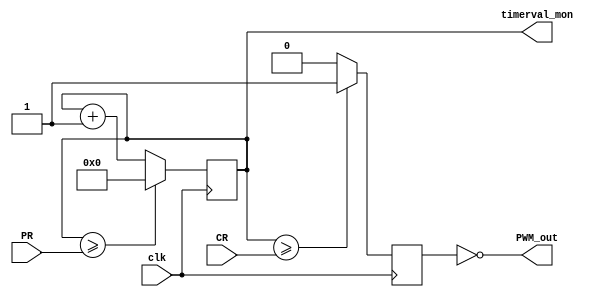
`timescale 1ns / 1ps
//////////////////////////////////////////////////////////////////////////////////
// Company: 
// Engineer: 
// 
// Design Name: 
// Module Name: PWM_Module
// Project Name: 
// Target Devices: 
// Tool Versions: 
// Description: 
// 
// Dependencies: 
// 
// Revision:
// Revision 0.01 - File Created
// Additional Comments:
// 
//////////////////////////////////////////////////////////////////////////////////


module PWM_Module(
    input clk,      // Input Clock
    input [15:0] CR, // Compare Value
    input [15:0] PR, // Period Value
    
    output wire PWM_out,
    output wire [15:0] timerval_mon
    );
    
reg [15:0] timerval;
reg pwm;

assign PWM_out = ~pwm;
assign timerval_mon = timerval;

initial
timerval = 16'h0000;

always @ (posedge clk)
begin 
timerval <= (timerval >= PR)? 16'h0000 : (timerval + 1'b1);
pwm <= (timerval >= CR)? 1'b1 : 1'b0;
end

endmodule